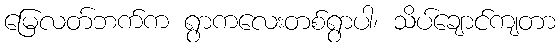
မြေလတ်ဘက်က ရွာကလေးတစ်ရွာပါ၊ သိပ်ချောင်ကျတာ